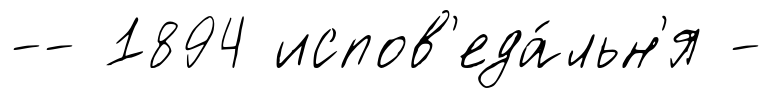
-- 1894 испов'еда́льн'я -